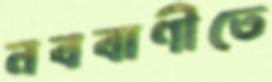
নববাণীতে